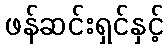
ဖန်ဆင်းရှင်နှင့်